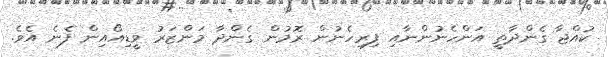
ކުއްޖާ ގެންދާތީ އަންހެނުންނާއި ފިރިހެނުން ރޮމުން ގެންދާ މަންޒަރު ވީޑިއޯއިން ފެނެ އެވެ.